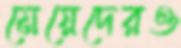
মেয়েদেরও